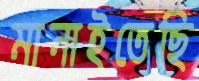
মানাইতেছি